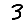
Digit: 3